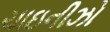
ચાઇનીઝો